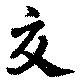
交